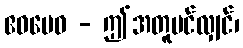
ဧဝမေဝ - ဤအတူပင်လျှင်၊